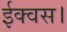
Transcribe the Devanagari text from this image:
ईक्वस।